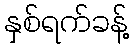
နှစ်ရက်ခန့်